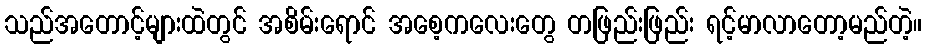
သည်အတောင့်များထဲတွင် အစိမ်းရောင် အစေ့ကလေးတွေ တဖြည်းဖြည်း ရင့်မာလာတော့မည်တဲ့။